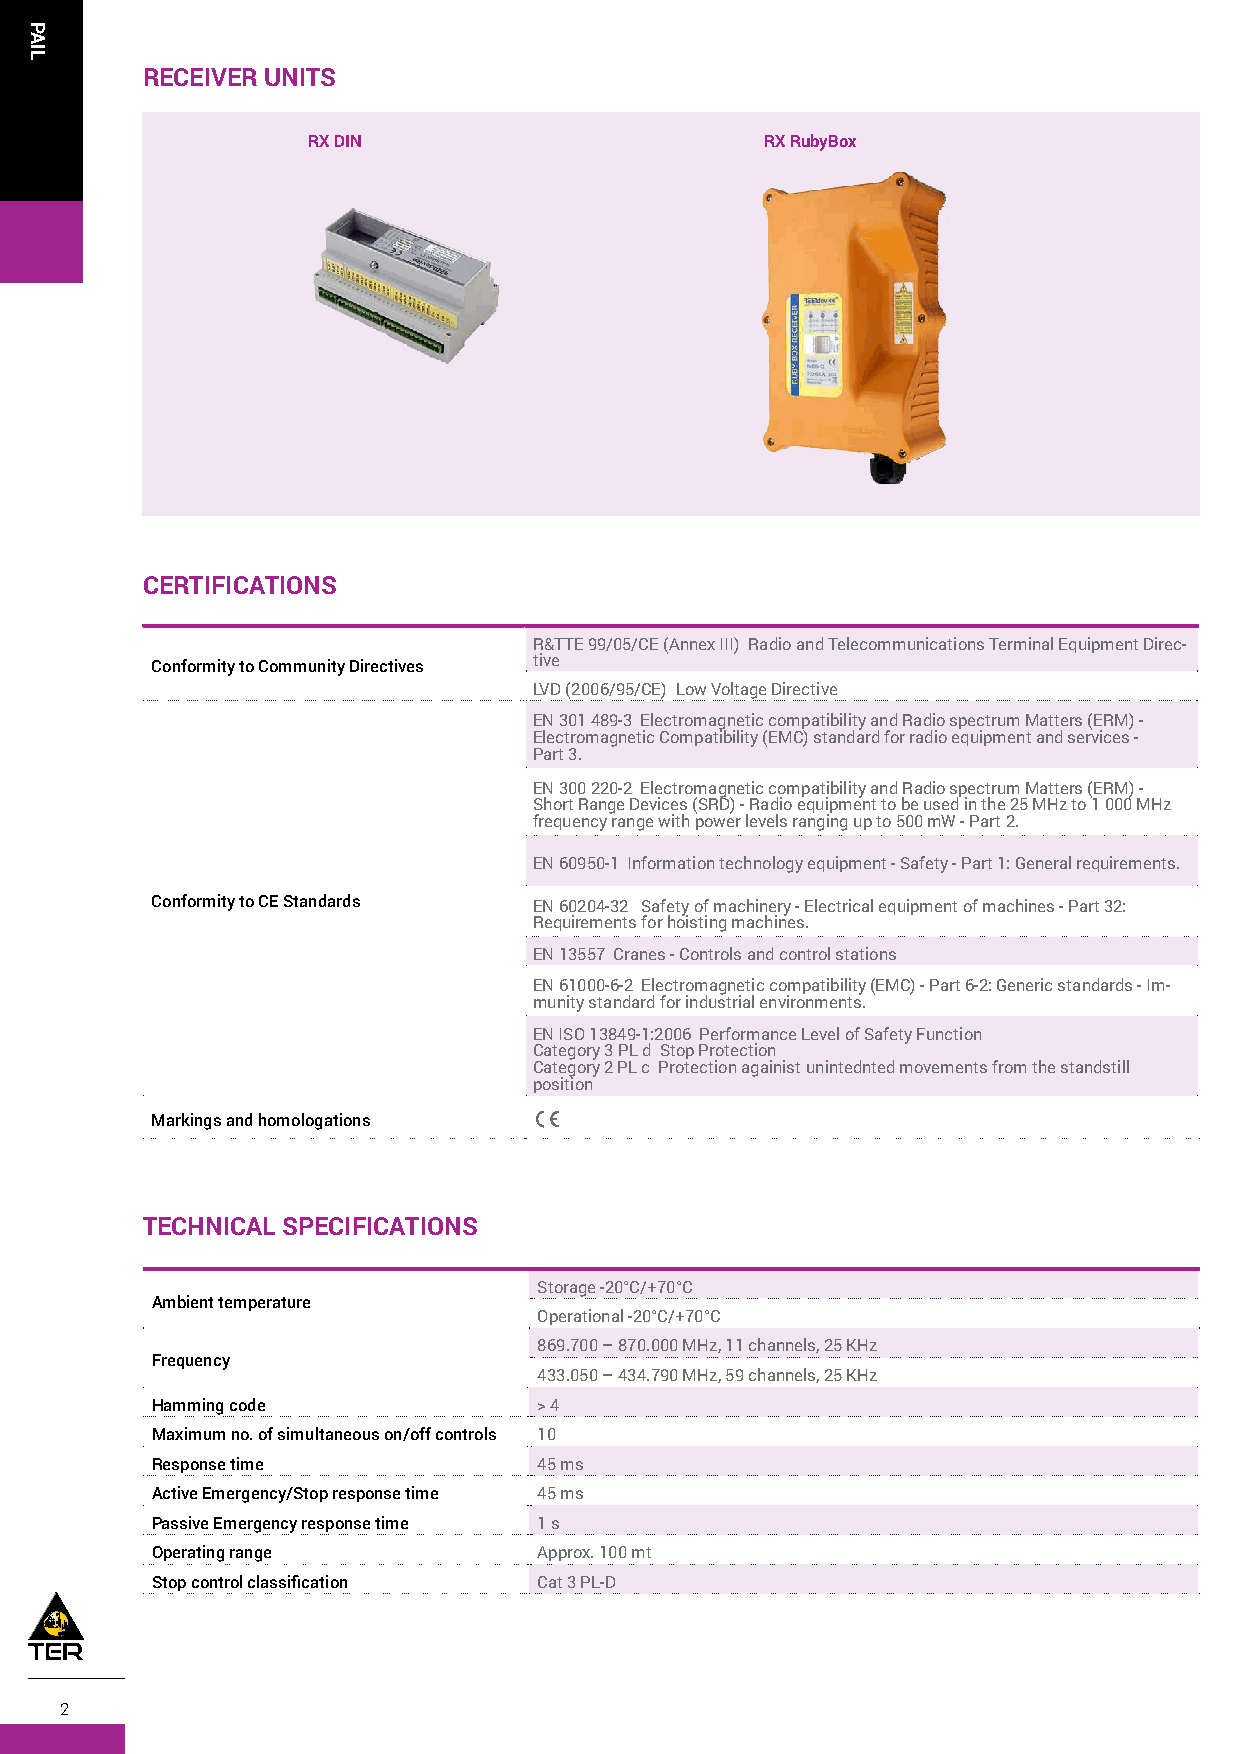
RECEIVER UNITS
 RX DIN                         RX RubyBox
 CERTIFICATIONS
 R&TTE 99/05/CE (Annex III) Radio and Telecommunications Terminal Equipment Direc-
 Conformity to Community Directives tive
 LVD (2006/95/CE) Low Voltage Directive
 EN 301 489-3 Electromagnetic compatibility and Radio spectrum Matters (ERM) -
 Electromagnetic Compatibility (EMC) standard for radio equipment and services -
 Part 3.
 EN 300 220-2 Electromagnetic compatibility and Radio spectrum Matters (ERM) -
 Short Range Devices (SRD) - Radio equipment to be used in the 25 MHz to 1 000 MHz
 frequency range with power levels ranging up to 500 mW - Part 2.
 EN 60950-1 Information technology equipment - Safety - Part 1: General requirements.
 Conformity to CE Standards EN 60204-32 Safety of machinery - Electrical equipment of machines - Part 32:
 Requirements for hoisting machines.
 EN 13557 Cranes - Controls and control stations
 EN 61000-6-2 Electromagnetic compatibility (EMC) - Part 6-2: Generic standards - Im-
 munity standard for industrial environments.
 EN ISO 13849-1:2006 Performance Level of Safety Function
 Category 3 PL d Stop Protection
 Category 2 PL c Protection againist unintednted movements from the standstill
 position
 C
 Markings and homologations
 TEChNICAL SPECIFICATIONS
 Storage -20°C/+70°C
 Ambient temperature
 Operational -20°C/+70°C
 869.700 – 870.000 MHz, 11 channels, 25 KHz
 Frequency
 433.050 – 434.790 MHz, 59 channels, 25 KHz
 Hamming code              > 4
 Maximum no. of simultaneous on/off controls 10
 Response time             45 ms
 Active Emergency/Stop response time 45 ms
 Passive Emergency response time 1 s
 Operating range           Approx. 100 mt
 Stop control classiication Cat 3 PL-D
 2
 PAIL